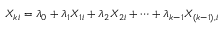
X _ { k i } = \lambda _ { 0 } + \lambda _ { 1 } X _ { 1 i } + \lambda _ { 2 } X _ { 2 i } + \dots + \lambda _ { k - 1 } X _ { ( k - 1 ) , i }